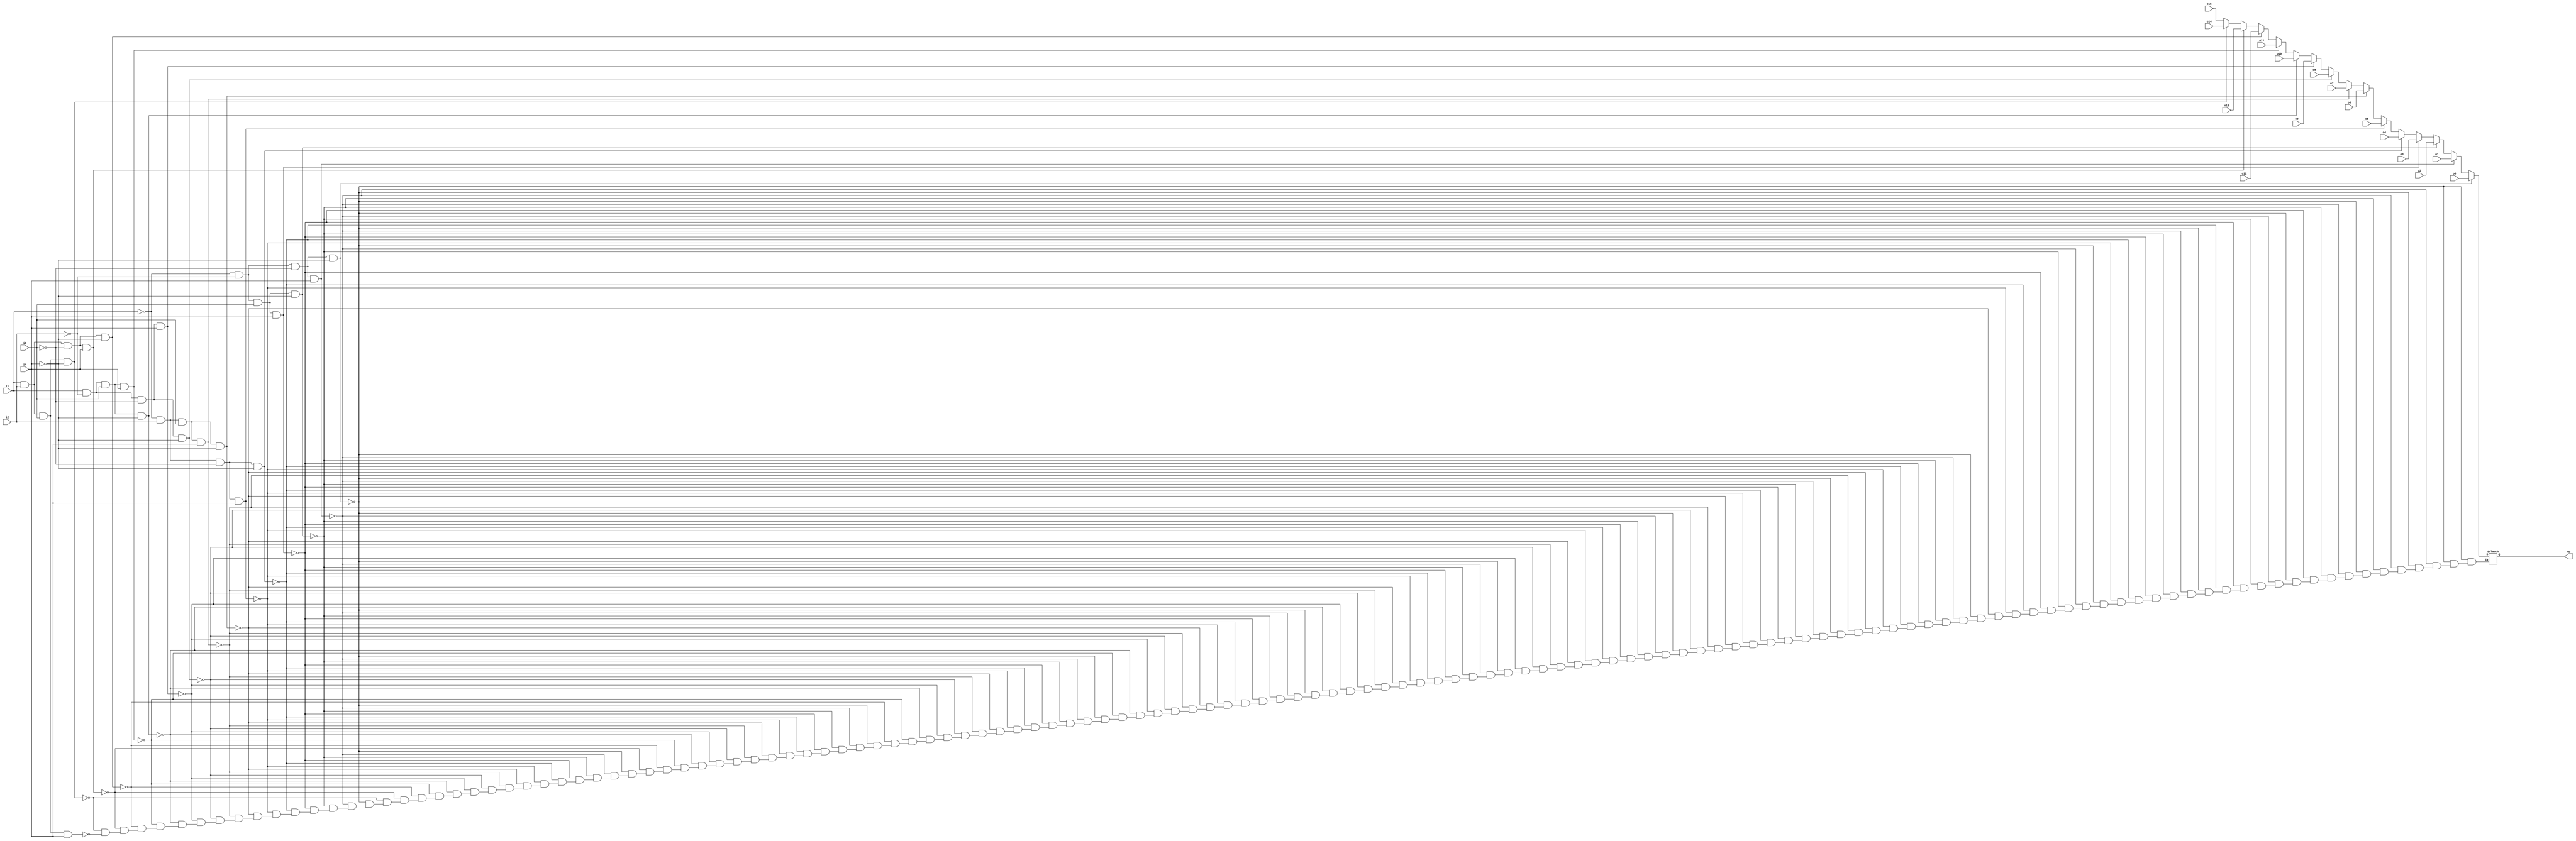
module mux16(i1,i2,i3,i4,o0,o1,o2,o3,o4,o5,o6,o7,o8,o9,o10,o11,o12,o13,o14,o15,op);
input [15:0] o0,o1,o2,o3,o4,o5,o6,o7,o8,o9,o10,o11,o12,o13,o14,o15;
input i1,i2,i3,i4;
output reg[15:0] op;
always@(*)
begin
if(~i1&~i2&~i3&~i4)
begin
op=o0;
end
else if(~i1&~i2&~i3&i4)
begin
op=o1;
end
else if(~i1&~i2&i3&~i4)
begin
op=o2;
end
else if(~i1&~i2&i3&i4)
begin
op=o3;
end
else if(~i1&i2&~i3&~i4)
begin
op=o4;
end
else if(~i1&i2&~i3&i4)
begin
op=o5;
end
else if(~i1&i2&i3&~i4)
begin
op=o6;
end
else if(~i1&i2&i3&i4)
begin
op=o7;
end
else if(i1&~i2&~i3&~i4)
begin
op=o8;
end
else if(i1&~i2&~i3&i4)
begin
op=o9;
end
else if(i1&~i2&i3&~i4)
begin
op=o10;
end
else if(i1&~i2&i3&i4)
begin
op=o11;
end
else if(i1&i2&~i3&~i4)
begin
op=o12;
end
else if(i1&i2&~i3&i4)
begin
op=o13;
end
else if(i1&i2&i3&~i4)
begin
op=o14;
end
else if(i1&i2&i3&i4)
begin
op=o15;
end
end

endmodule